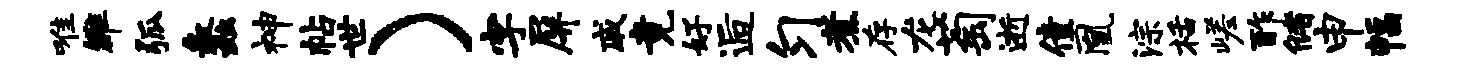
唯雒弧蠡神帖世）字屏戚竟好逅匀煮存龙萄逝僮凰淙栝嵯酢储申幅